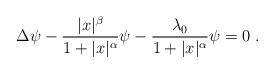
LaTeX: \begin{align*} \Delta \psi-\frac{|x|^\beta}{1+|x|^\alpha}\psi-\frac{\lambda_0}{1+|x|^\alpha}\psi =0\;.\end{align*}